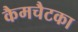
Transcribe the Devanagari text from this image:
कैमचैटका